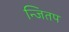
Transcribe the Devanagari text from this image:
न्जितप